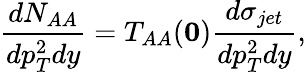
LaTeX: \frac{dN_{AA}}{dp_{T}^{2}dy}=T_{AA}({\mathbf 0})\frac{d\sigma_{jet}}{dp_{T}^{2}dy},